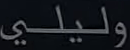
وليلي